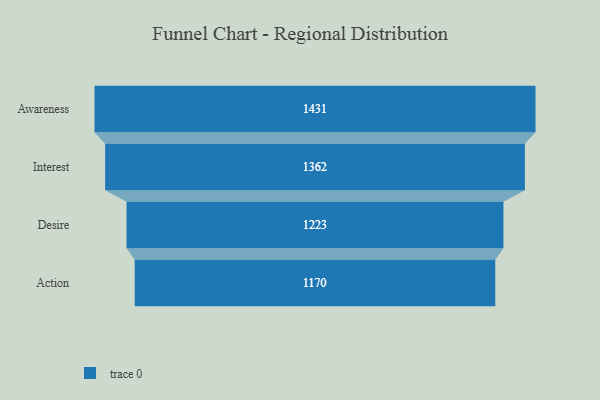
{"axis": {"x": "Stage", "y": "Value"}, "legend": [""], "data": [{"x": "Awareness", "y": 1431.0, "type": ""}, {"x": "Interest", "y": 1362.0, "type": ""}, {"x": "Desire", "y": 1223.0, "type": ""}, {"x": "Action", "y": 1170.0, "type": ""}]}